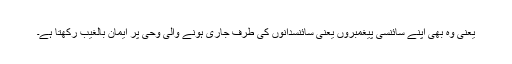
یعنی وہ بھی اپنے سائنسی پیغمبروں یعنی سائنسدانوں کی طرف جاری ہونے والی وحی پر ایمان بالغیب رکھتا ہے۔